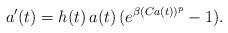
LaTeX: \begin{align*}a^{\prime}(t) & = h(t) \, a(t) \, (e^{ \beta (Ca(t))^p} - 1). \end{align*}